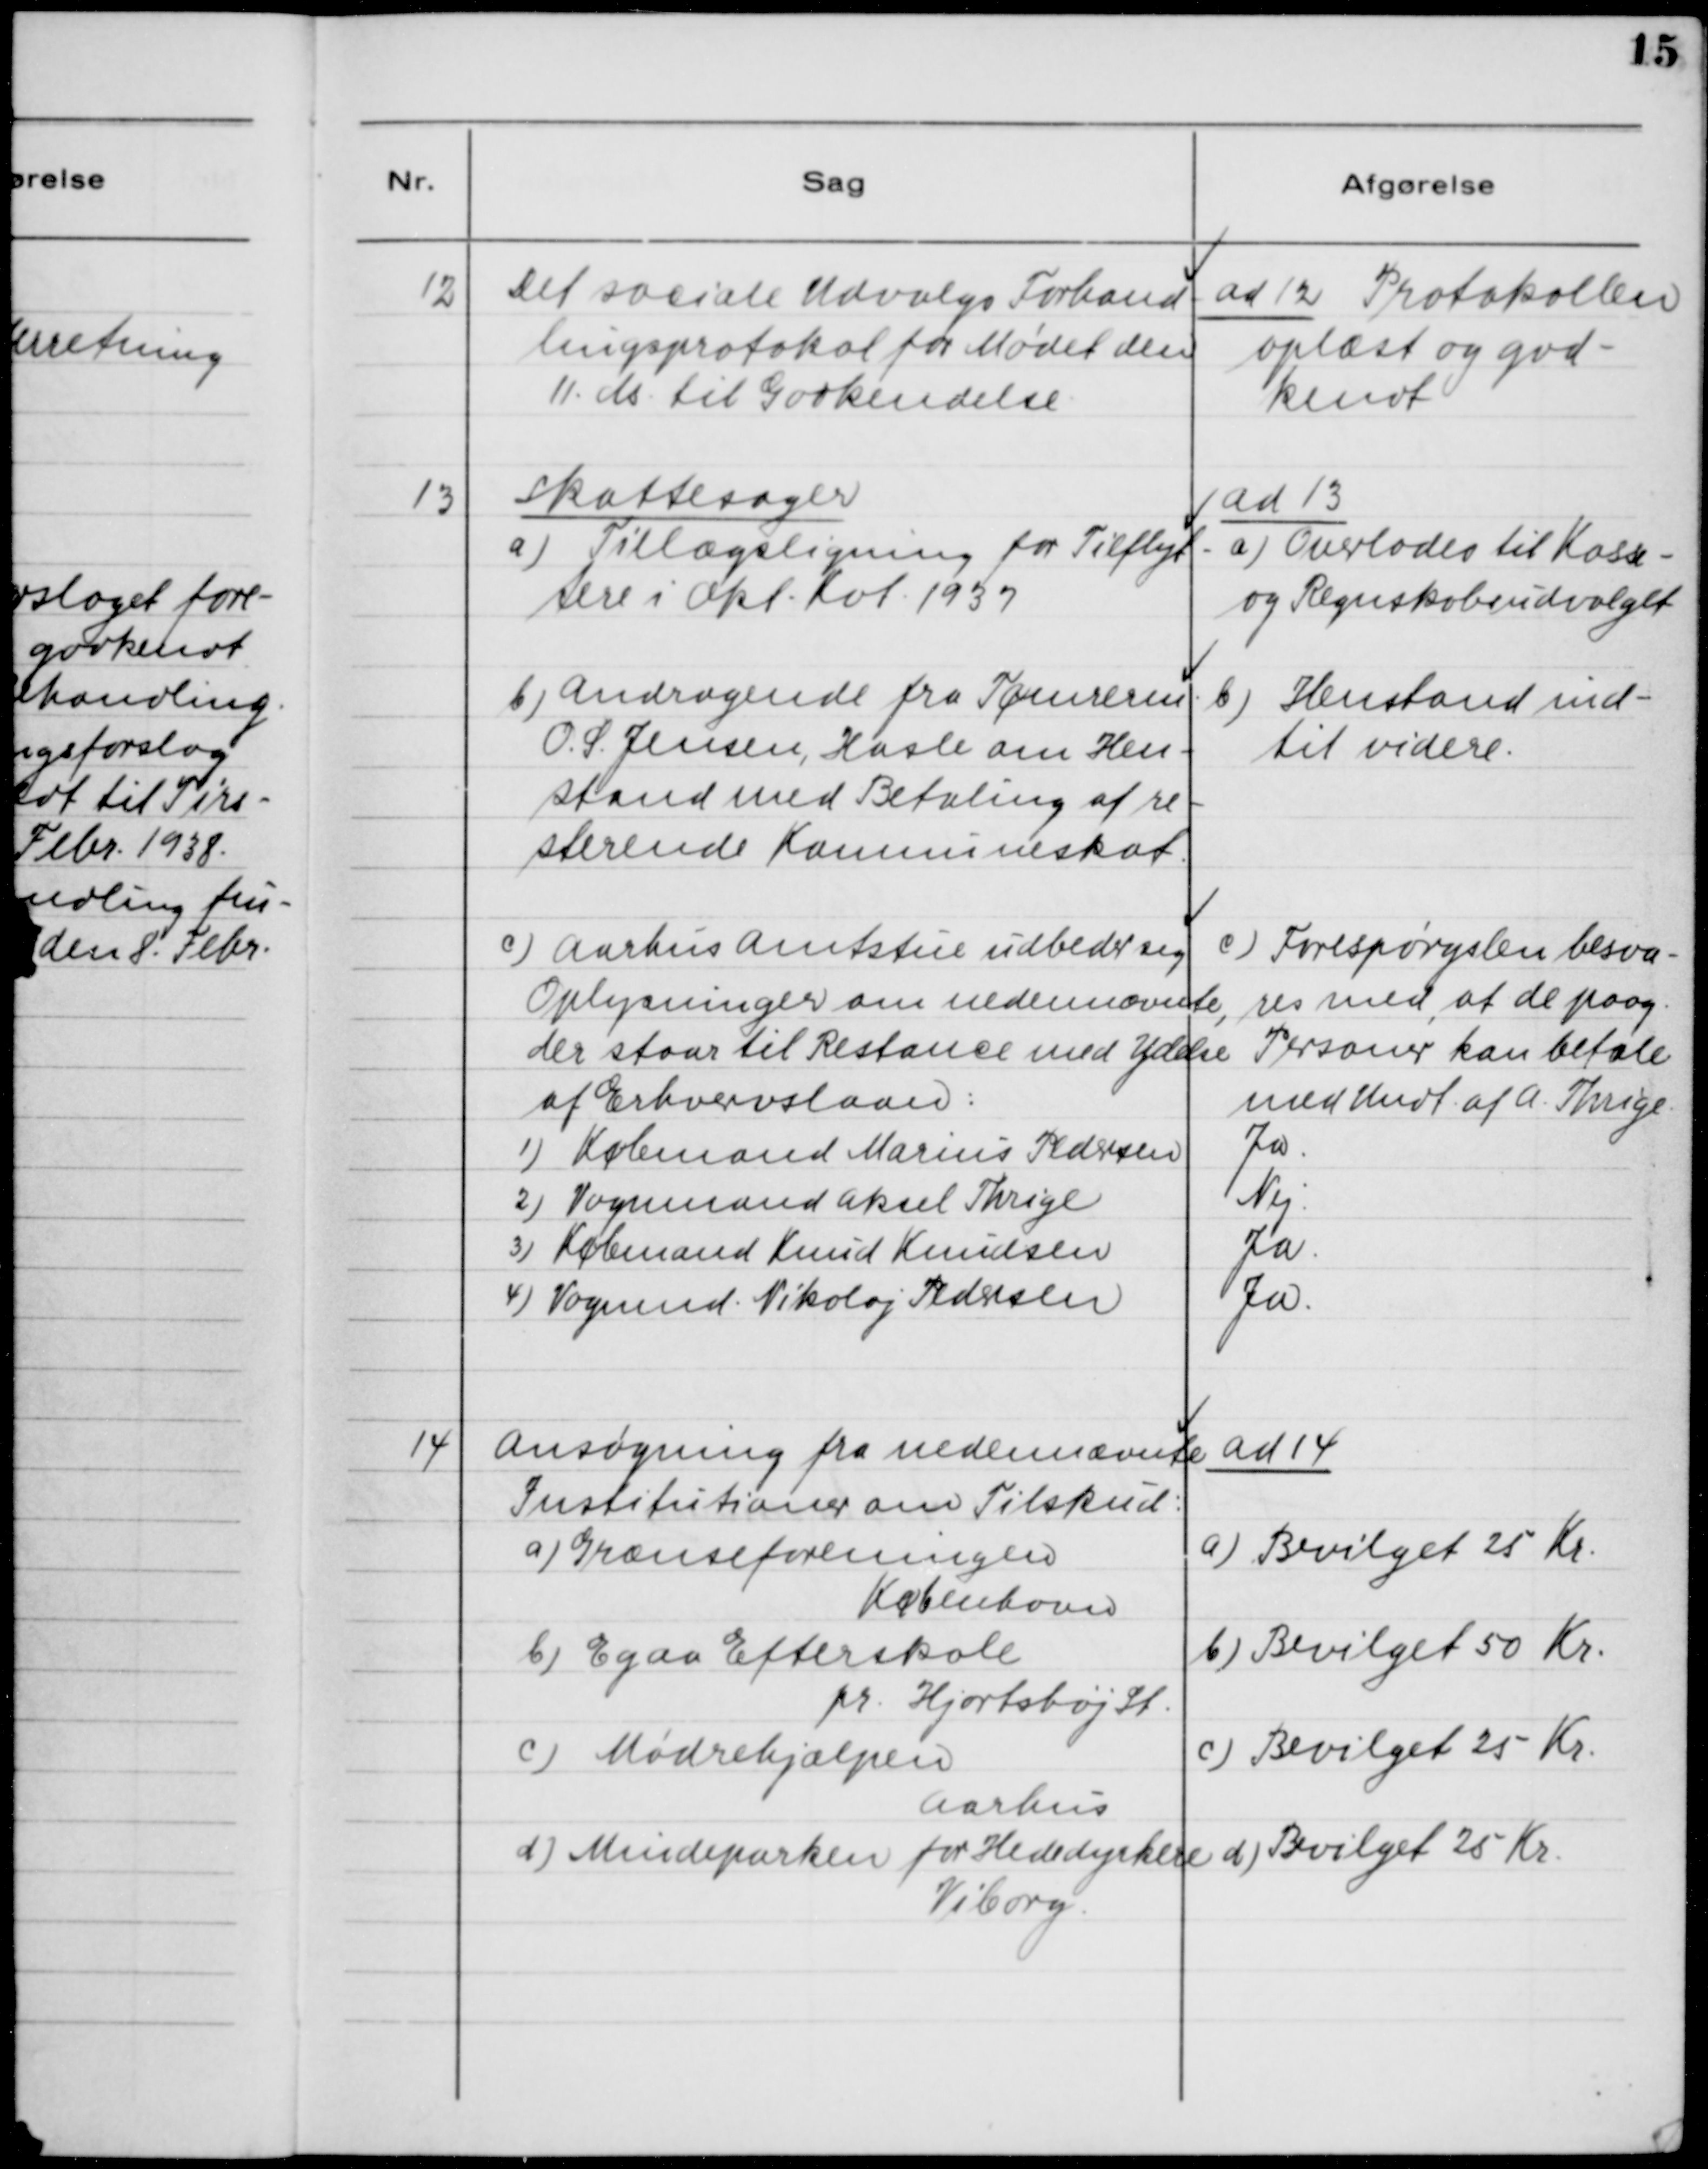
Transskription:
Det sociale Udvalgs Forhand-
12
lingsprotokol for Mødet den
11. ds. til Godkendelse.

ad 12. Protokollen
oplæst og god-
kendt.

Skattesager.
13
a) Tillægsligning for Tilflyt-
tere i Okt. Kvt. 1937
b) Andragende fra Tømrerm.
O. S. Jensen, Hasle om Hen-
stand med Betaling af re-
sterende Kommuneskat
c) Aarhus Amtsstue udbeder sig
Oplysninger om nedennævnte,
der staar til Restance med Ydelse
af Erhvervslaan:
1) Købmand Marius Pedersen
2) Vognmand Aksel Thrige
3) Købmand Knud Knudsen
4) Vognmnd. Nikolaj Pedersen

ad 13.
a) Overlades til Kasse-
og Regnskabsudvalget
b) Henstand ind-
til videre
c) Forespørgslen besva-
res med, at de paag.
Personer kan betale
med Undt. af A. Thrige
Ja.
Nej.
Ja.
Ja.

14. Ansøgning fra nedennævnte
Institutioner om Tilskud:
a) Grænseforeningen
København
b) Egaa Efterskole
pr. Hjortshøj St.
c) Mødrehjælpen
Aarhus
d) Mindeparken for Hededyrkere
Viborg

ad 14.
a) Bevilget 25 kr.
b) Bevilget 50 Kr.
c) Bevilget 25 Kr.
d) Bevilget 25 Kr.